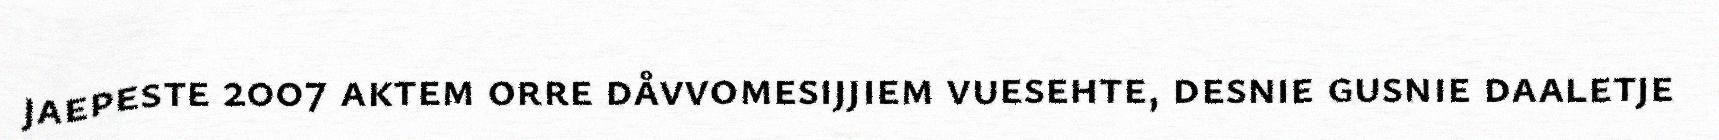
jaepeste 2007 aktem orre dåvvomesijjiem vuesehte, desnie gusnie daaletje